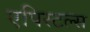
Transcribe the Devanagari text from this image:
एपिस्टल्स